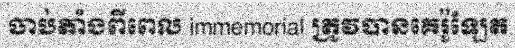
ចាប់តាំងពីពេល immemorial ត្រូវបានគេរ៉ូឡែត